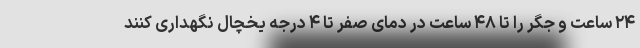
۲۴ ساعت و جگر را تا ۴۸ ساعت در دمای صفر تا ۴ درجه یخچال نگهداری کنند